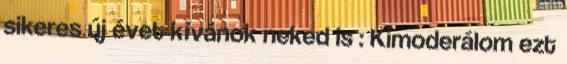
sikeres új évet kívánok neked is : Kimoderálom ezt